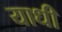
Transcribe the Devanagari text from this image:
याधी